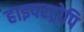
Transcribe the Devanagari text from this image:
हाइपरट्रोपि